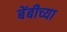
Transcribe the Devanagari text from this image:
बेंबीच्या